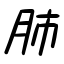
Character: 肺